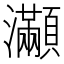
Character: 𤅎